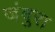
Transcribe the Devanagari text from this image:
जंबुरा